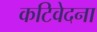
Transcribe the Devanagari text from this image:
कटिवेदना